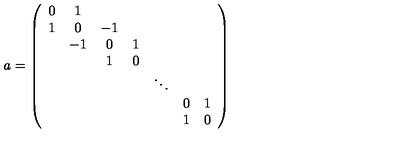
a = \left( \begin{array} { c c c c c c c } { 0 } & { 1 } \\ { 1 } & { 0 } & { - 1 } \\ { } & { - 1 } & { 0 } & { 1 } \\ { } & { } & { 1 } & { 0 } \\ { } & { } & { } & { } & { \ddots } \\ { } & { } & { } & { } & { } & { 0 } & { 1 } \\ { } & { } & { } & { } & { } & { 1 } & { 0 } \\ \end{array} \right)